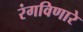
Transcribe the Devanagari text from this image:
रंगविणारे